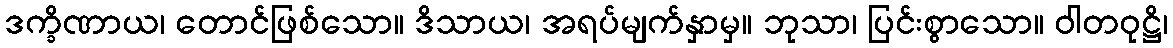
ဒက္ခိဏာယ၊ တောင်ဖြစ်သော။ ဒိသာယ၊ အရပ်မျက်နှာမှ။ ဘုသာ၊ ပြင်းစွာသော။ ဝါတဝုဋ္ဌိ၊